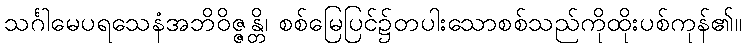
သင်္ဂါမေပရသေနံအဘိဝိဇ္ဇန္တိ၊ စစ်မြေပြင်၌တပါးသောစစ်သည်ကိုထိုးပစ်ကုန်၏။